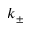
k _ { \pm }